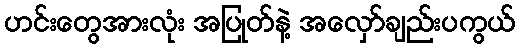
ဟင်းတွေအားလုံး အပြုတ်နဲ့ အလှော်ချည်းပကွယ်